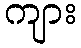
ကျား